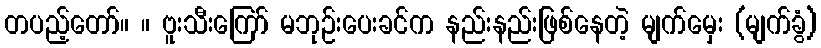
တပည့်တော်။ ။ ဗူးသီးကြော် မဘုဉ်းပေးခင်က နည်းနည်းဖြစ်နေတဲ့ မျက်မှေး (မျက်ခွံ)